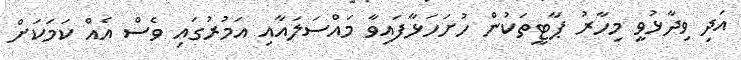
އަދި ވިދާޅުވީ މިހާރު ޕާޓީތަކުން ހުށަހަޅާފައިވާ މައްސަލައާއި އަމުރުގައި ވެސް އެއް ކަމަކަށް